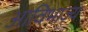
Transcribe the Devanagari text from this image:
आविभाज्य